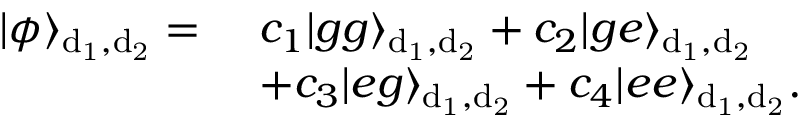
\begin{array} { r l } { | \phi \rangle _ { \mathrm { d _ { 1 } , d _ { 2 } } } = } & { ~ c _ { 1 } | g g \rangle _ { \mathrm { d _ { 1 } , d _ { 2 } } } + c _ { 2 } | g e \rangle _ { \mathrm { d _ { 1 } , d _ { 2 } } } } \\ & { ~ + c _ { 3 } | e g \rangle _ { \mathrm { d _ { 1 } , d _ { 2 } } } + c _ { 4 } | e e \rangle _ { \mathrm { d _ { 1 } , d _ { 2 } } } . } \end{array}